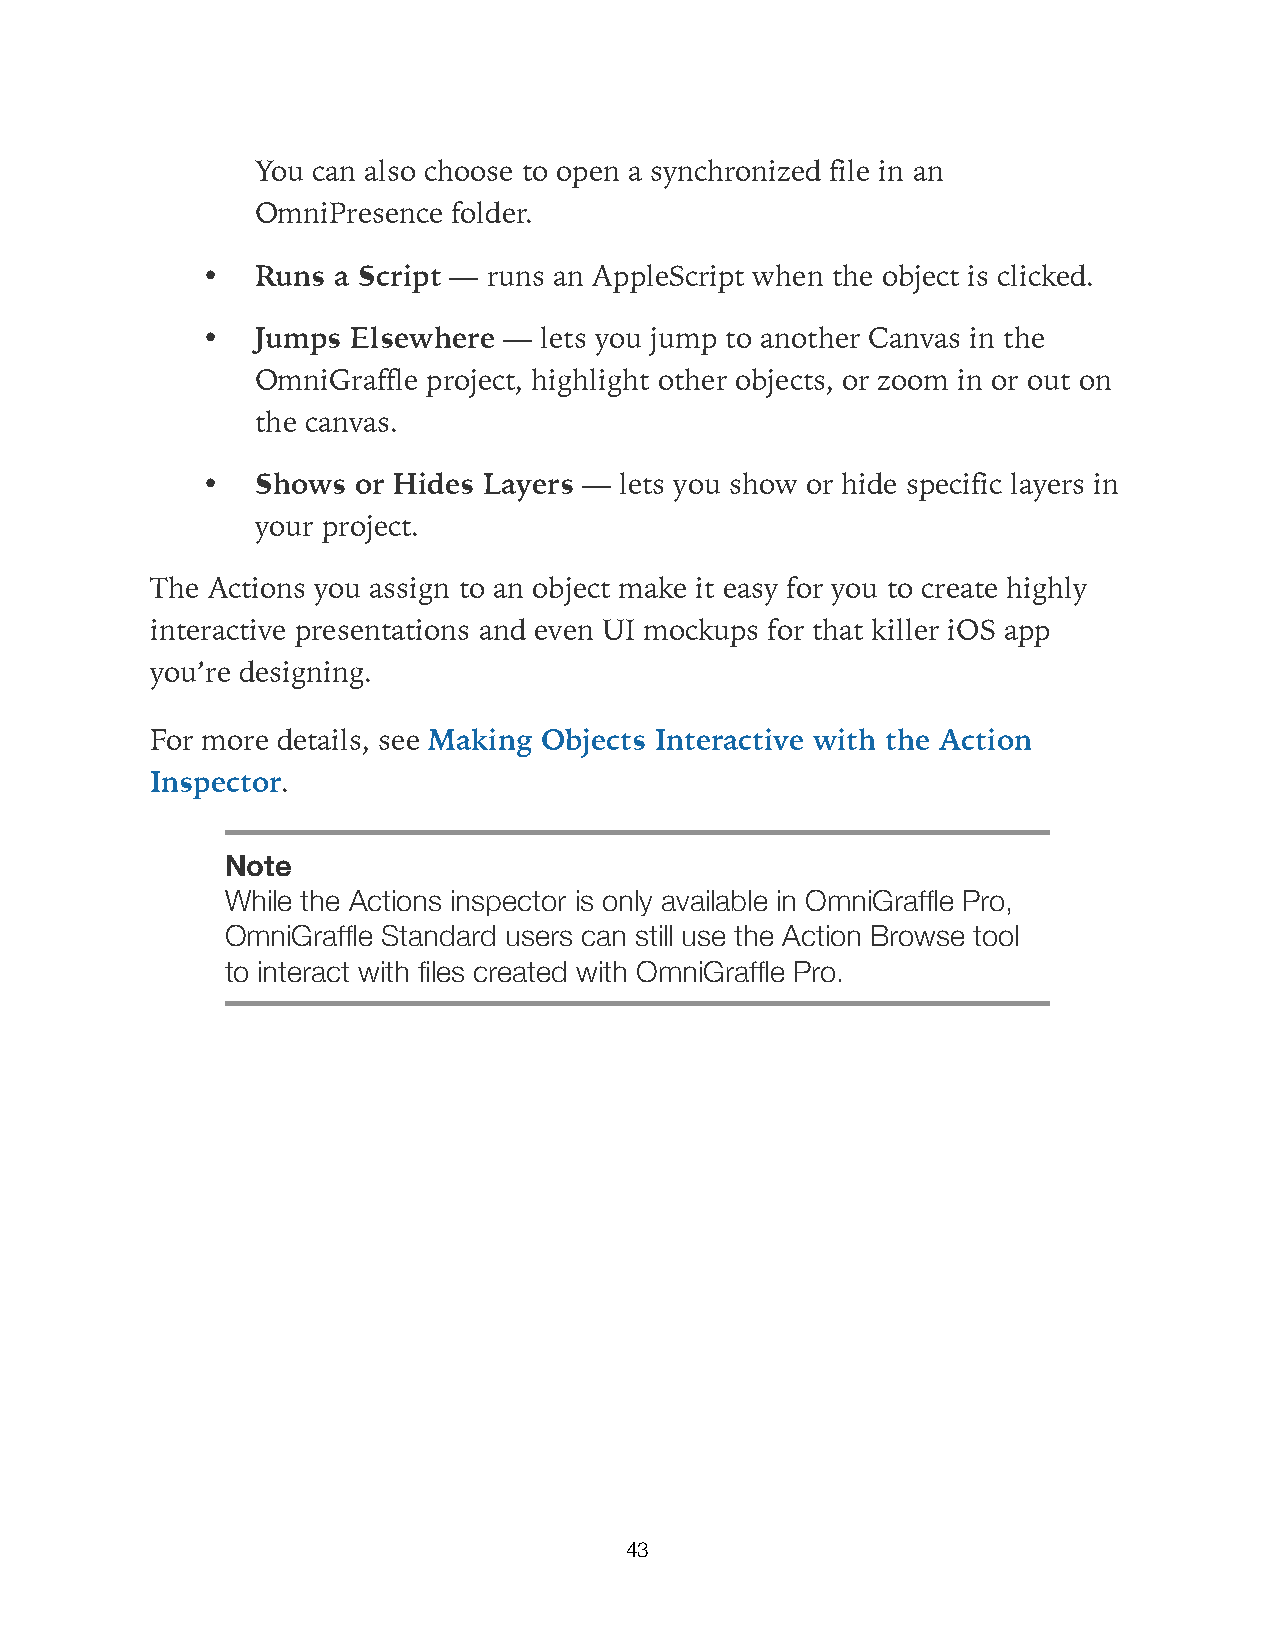
You can also choose to open a synchronized file in an
 OmniPresence folder.
 •   Runs a Script — runs an AppleScript when the object is clicked.
 •   Jumps Elsewhere —  lets you jump to another Canvas in the
 OmniGraffle project, highlight other objects, or zoom in or out on
 the canvas.
 •   Shows or Hides Layers — lets you show or hide specific layers in
 your project.
 The Actions you assign to an object make it easy for you to create highly
 interactive presentations and even UI mockups for that killer iOS app
 you’re designing.
 For more details, see Making Objects Interactive with the Action
 Inspector.
 Note
 While the Actions inspector is only available in OmniGraffle Pro,
 OmniGraffle Standard users can still use the Action Browse tool
 to interact with files created with OmniGraffle Pro.
 43